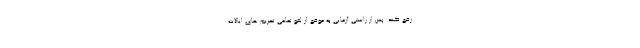
رفع کند. پس از راستی آزمایی به موقع از لغو تمامی تحریم های ایالات